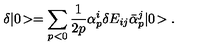
\delta | 0 \! > = \sum _ { p < 0 } \frac { 1 } { 2 p } \alpha _ { p } ^ { i } \delta E _ { i j } \bar { \alpha } _ { p } ^ { j } | 0 \! > .